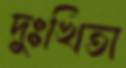
দুঃখিতা